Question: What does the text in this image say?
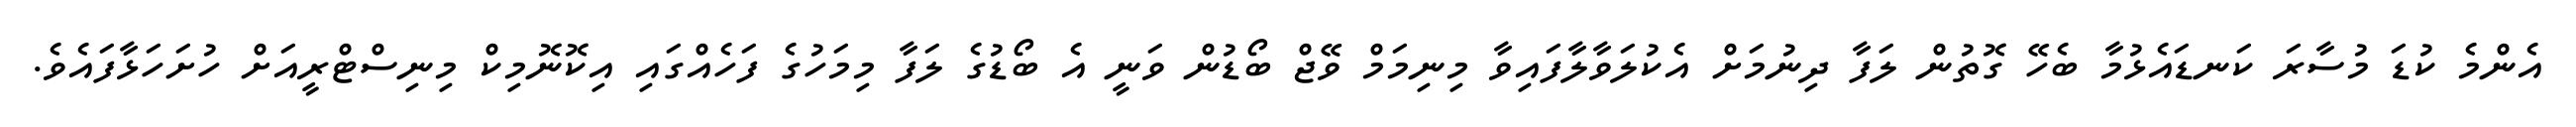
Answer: އެންމެ ކުޑަ މުސާރަ ކަނޑައެޅުމާ ބެހޭ ގޮތުން ލަފާ ދިނުމަށް އެކުލަވާލާފައިވާ މިނިމަމް ވޭޖް ބޯޑުން ވަނީ އެ ބޯޑުގެ ލަފާ މިމަހުގެ ފަހެއްގައި އިކޮނޮމިކް މިނިސްޓްރީއަށް ހުށަހަޅާފައެވެ.